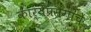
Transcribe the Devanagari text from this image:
कार्यप्रसंगाचे